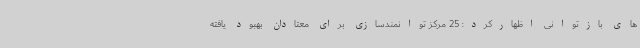
های بازتوانی اظهارکرد: 25 مرکز توانمندسازی برای معتادان بهبود یافته